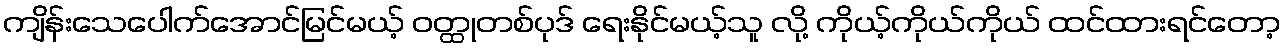
ကျိန်းသေပေါက်အောင်မြင်မယ့် ဝတ္ထုတစ်ပုဒ် ရေးနိုင်မယ့်သူ လို့ ကိုယ့်ကိုယ်ကိုယ် ထင်ထားရင်တော့